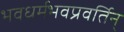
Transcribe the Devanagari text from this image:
भवधर्मभवप्रवर्तिन्